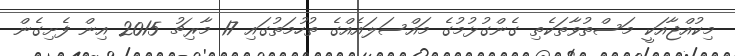
މިކުއްޖާއަކީ މަސްތުވާތަކެތި ގެންގުޅުމުގެ މައްސަލައެއްގެ ތުހުމަތުގައި 17 މާރިޗު 2015 އިން ފެށިގެން